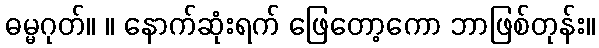
ဓမ္မဂုတ်။ ။ နောက်ဆုံးရက် ဖြေတော့ကော ဘာဖြစ်တုန်း။